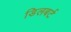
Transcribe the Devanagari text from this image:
डिलबर्ट